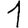
Digit: 1